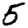
Digit: 5